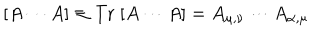
[ A \cdots A ] \equiv \mathrm { T r } \; [ A \cdots A ] = A _ { \mu , \nu } \cdots A _ { \alpha , \mu }